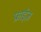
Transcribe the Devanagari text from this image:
फ्राईज़